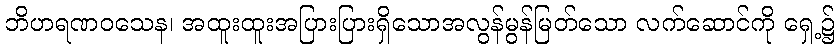
ဘိဟရဏဝသေန၊ အထူးထူးအပြားပြားရှိသောအလွန်မွန်မြတ်သော လက်ဆောင်ကို ရှေ့၌